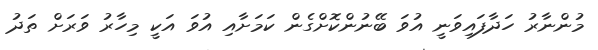
މުންނާރު ހަދާފައިވަނީ އުވަ ބޭނުންކޮށްގެން ކަމަށާއި އުވަ އަކީ މިހާރު ވަރަށް ތަދު